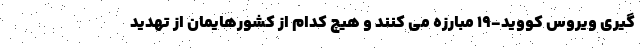
گیری ویروس کووید-۱۹ مبارزه می کنند و هیچ کدام از کشورهایمان از تهدید